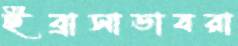
ইব্রাসাডাবরা